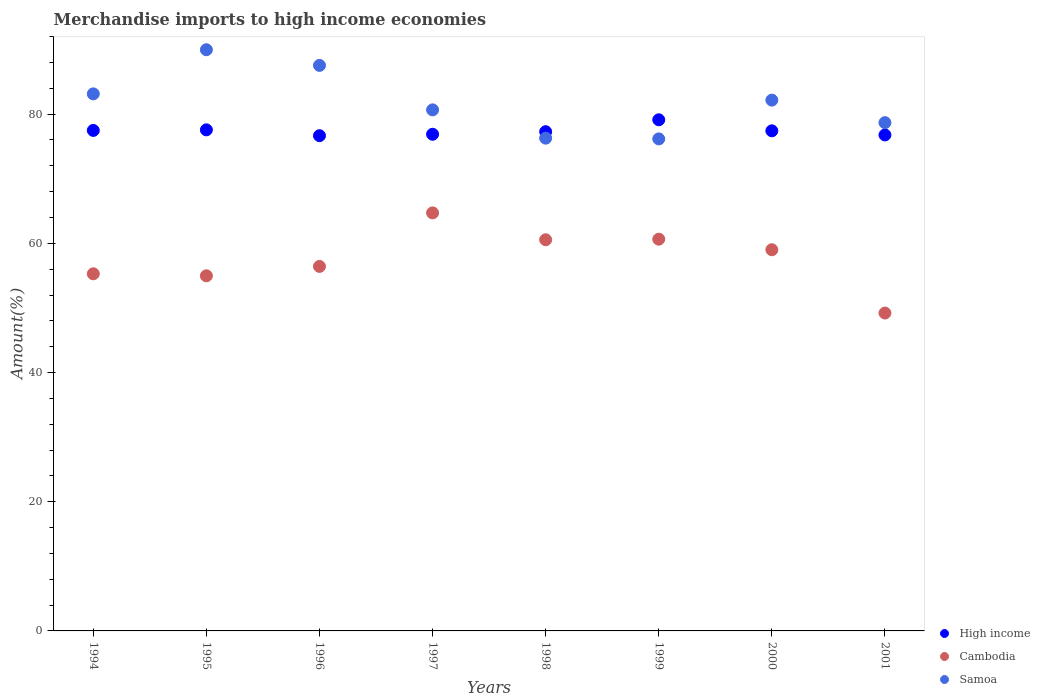
| Years | High income | Cambodia | Samoa |
 | --- | --- | --- | --- |
 | 1994 | 77.5 | 55.3 | 83.1 |
 | 1995 | 77.6 | 55 | 90 |
 | 1996 | 76.7 | 56.4 | 87.5 |
 | 1997 | 76.9 | 64.7 | 80.7 |
 | 1998 | 77.3 | 60.6 | 76.3 |
 | 1999 | 79.1 | 60.6 | 76.2 |
 | 2000 | 77.4 | 59 | 82.2 |
 | 2001 | 76.8 | 49.2 | 78.7 |